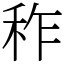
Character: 秨